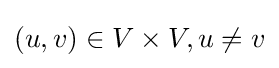
(u,v)\in V\times V,u\neq v